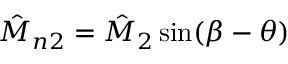
\hat { M } _ { n 2 } = \hat { M } _ { 2 } \sin ( \beta - \theta )